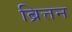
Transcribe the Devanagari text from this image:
ब्रित्तन